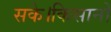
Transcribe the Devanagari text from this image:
सके।किसानों